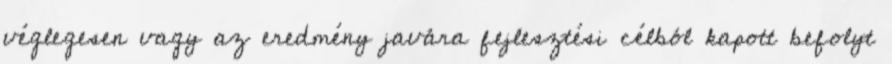
véglegesen vagy az eredmény javára fejlesztési célból kapott befolyt